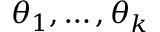
\theta _ { 1 } , \ldots , \theta _ { k }